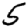
Digit: 5